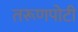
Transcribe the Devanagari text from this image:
तरूणपोटी